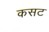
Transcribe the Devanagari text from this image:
कसट